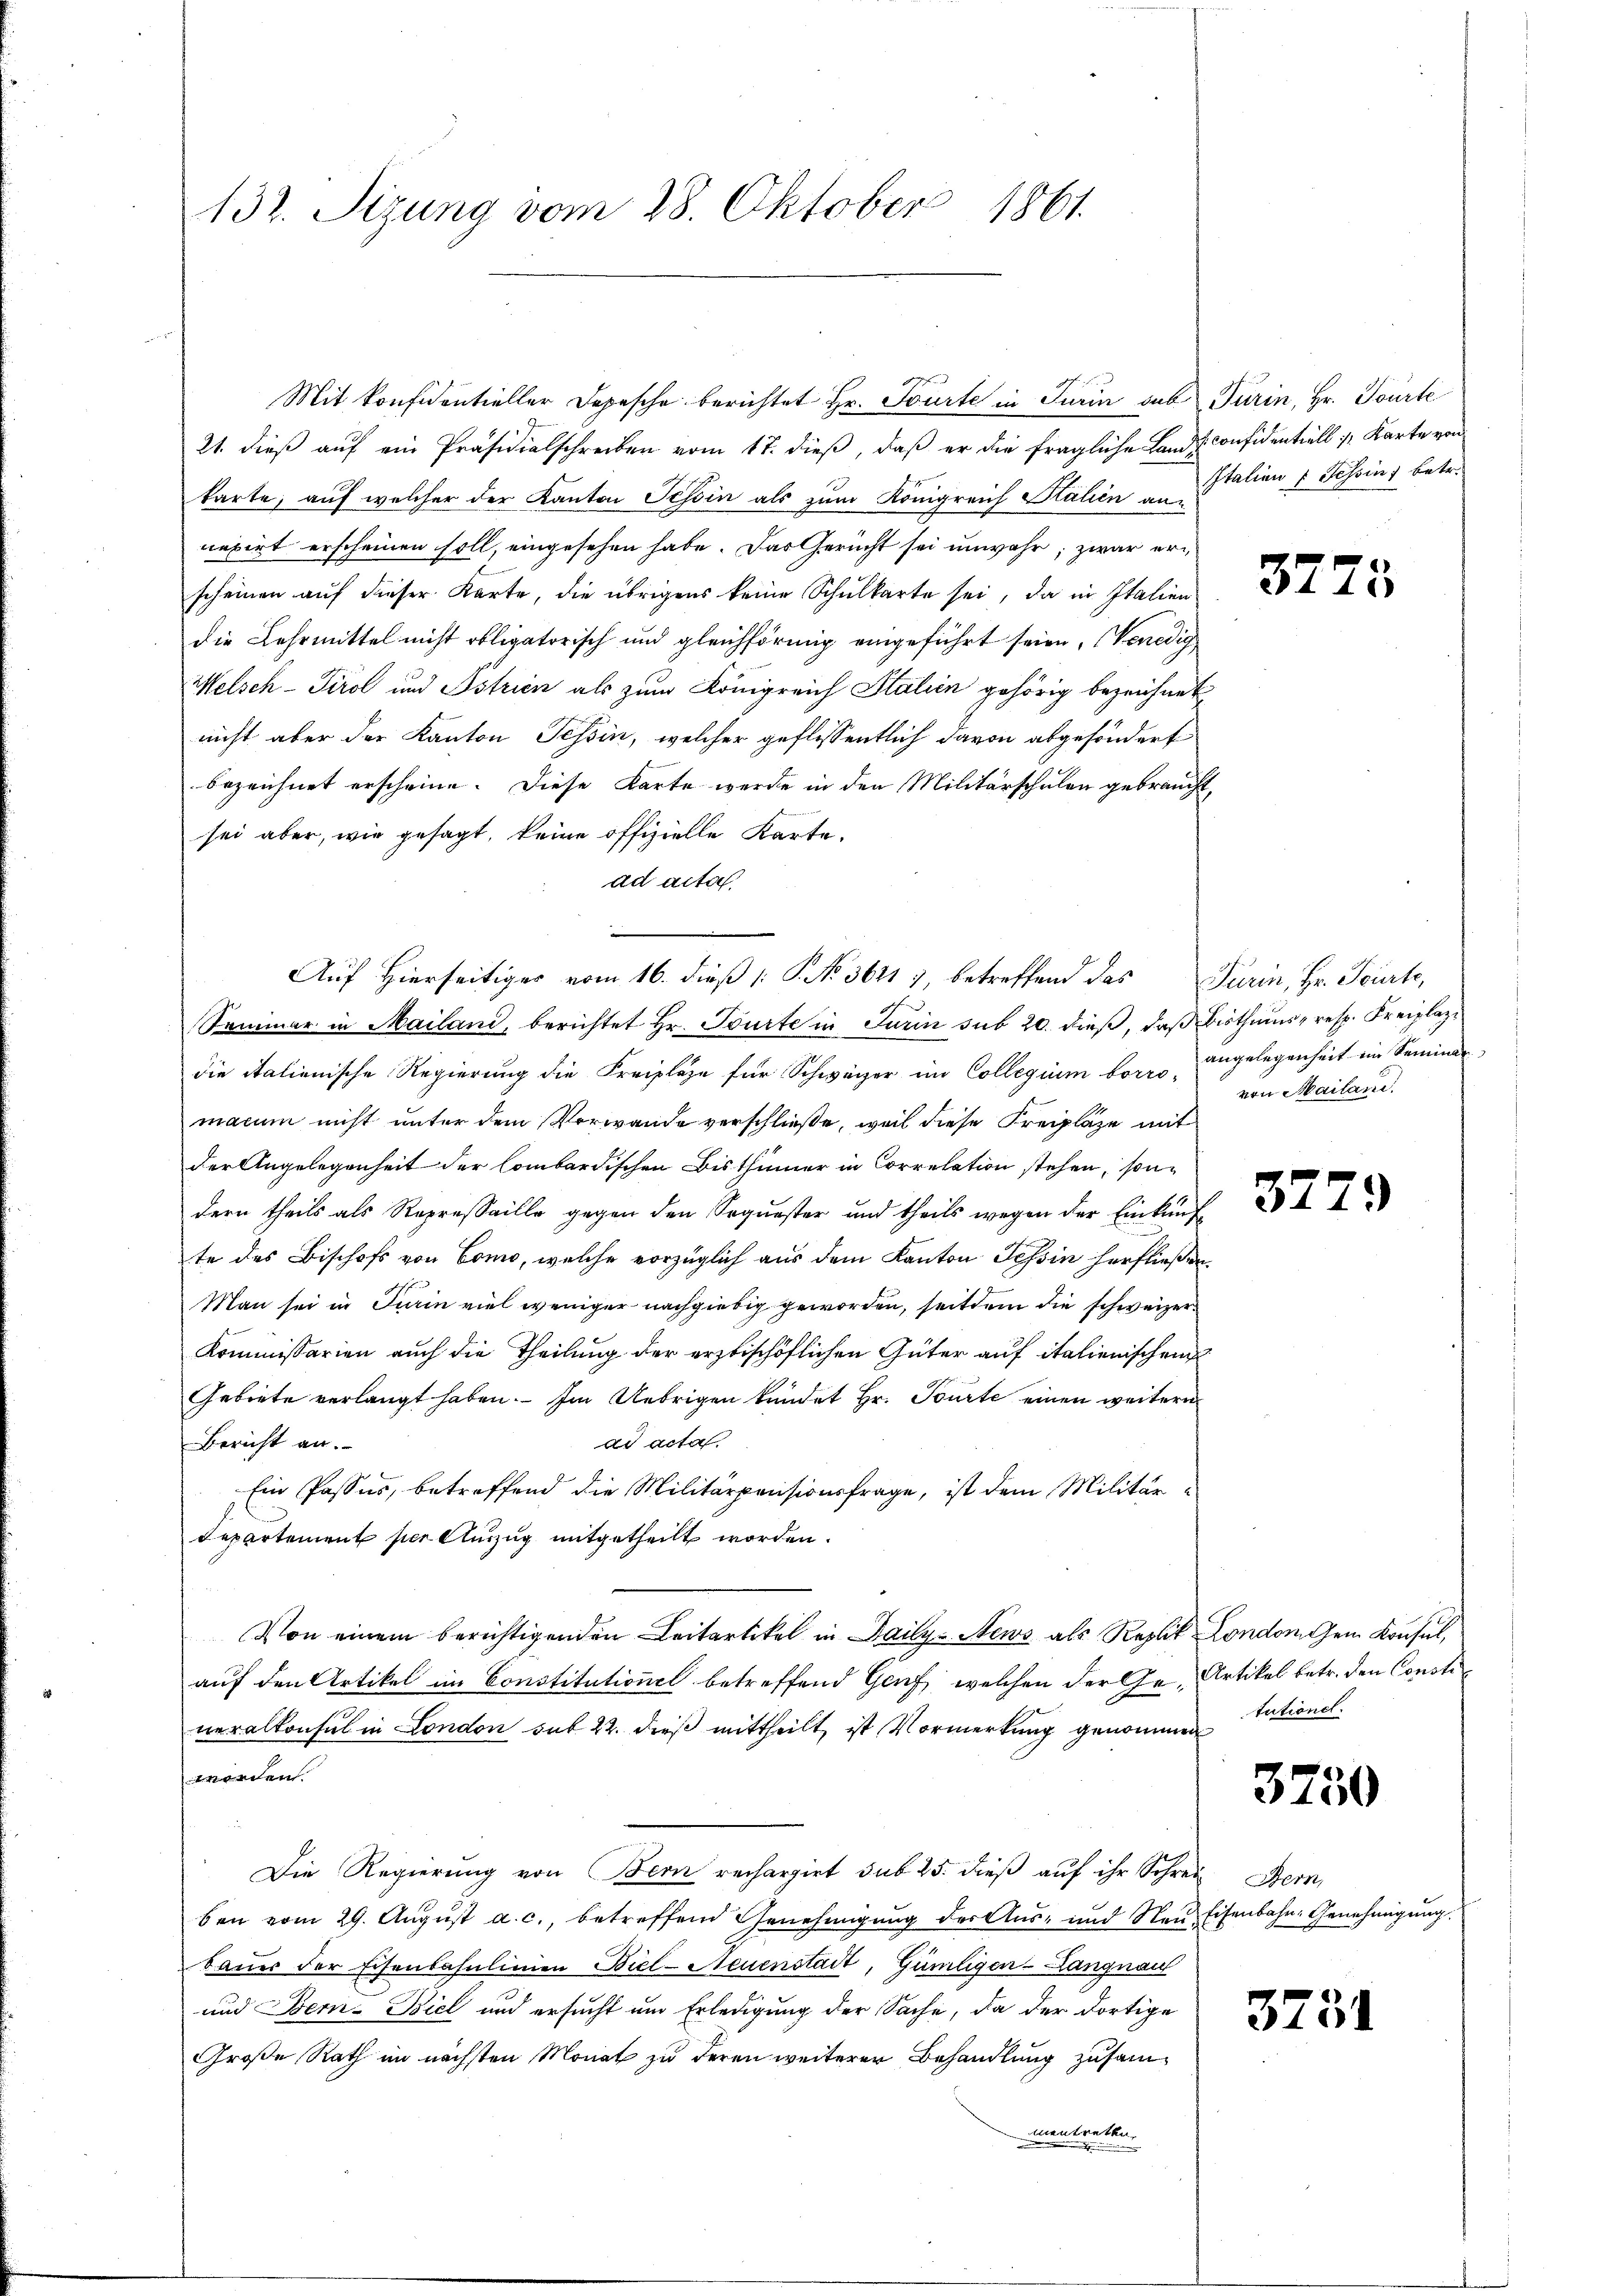
132. Stzung vom 28. Oktober 1861.

21. dieβ aŭf ein Präsidialschreiben vom 17. dieβ, daβ er die fragliche Landsconfidentiell u. Karte von
karte, auf welcher der Kanton Tessin als zŭm Königreich Stalien u. Italien & Tessin, betr.
nexirt erscheinen soll, eingesehen habe. Das Gericht sei unwahr, zwar erscheinen auf dieser Karte, die übrigens keine Schulkarte sei, da in Italien
die Lehrmittel nicht obligatorisch und gleichförmig eingeführt seien, Venedig
Welsch-Tirol und Istrien als zum Königreich Stalien gehörig bezeichnet
nicht aber der Kanton Tessin, welcher geflissentlich davon abgesondert
bezeichnet erscheine. Diese Karte werde in den Militärschulen gebraucht,
sei aber, wie gesagt, keine offizielle Kartead acta
Sammer in Mailand, berichtet Hr. Tourte in Turin sub 20. dieß, daß Bisthums, resp. Kreiplazi
die italienische Regierung die Freipläge für Schwarzer im Collegium vor angelegenheit im Seminar
macum nicht unter dem Vorwande verschließe, weil diese Freiplaze mit
der Angelegenheit der Combardischen Bisthümer in Correlation stehen, sondern theils als Repressaille gegen den Sequester und theils wegen der Einkünfte des Bischofs von Como, welche vorzüglich aus dem Kanton Tessin herfließen.
Man sei in Turin viel weniger nachgiebig geworden, seitdem die schweizer¬
Kommissarien auch die Theilung der erzbischöflichen Güter auf italienischen
Gebiete verlangt haben. Im Uebrigen kündet Hr. Tourte einen weitere
ad acta.
Bericht an.
Ein Passus, betreffend die Militärpensionsfrage, ist dem Militär¬
Departement per Auszug mitgetheilt worden.
Von einem berichtigenden Leitartikel in Daily News als Replik London dem Konsul,
auf den Artikel im Constitutionel betreffend Genf, welchen der Ge- Artikel betr. den Constineralkonsul in London sub 22. dieß mittheilt, ist Vormerkung genommen
worden.
Die Regierung von Bern rechargirt sub 25. dieβ aŭf ihr Schrei Bern,
ben vom 29. August a. c., betreffend Genehmigung der Aus- und Neue Eisenbahn- Genehmigung.
bauer der Eisenbahnlinien Biel-Neuenstadt, Güniligen-Langnau
und Bern. Biel und ersucht um Erledigung der Sache, da der dortige
Große Rath im nächsten Monat zu deren weiterer Behandlung zusammnentretten.

Mit Konfidentieller Depesche berichtet Hr. Tourte in Turin aus Turin, Hr. Tourte

Auf Hierseitiger vom 16. dieß 1: No 36117, betreffend das Turin, Hr. Feurte,

3775

von Mailane.

377.

tutionel

3750

3731